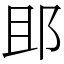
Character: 䢸